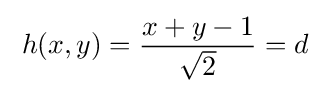
\;h(x,y)={\frac {x+y-1}{\sqrt {2}}}=d\;